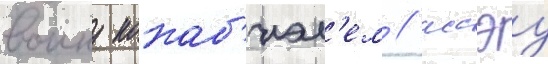
воину кокаб'иэл'ем / иссэу